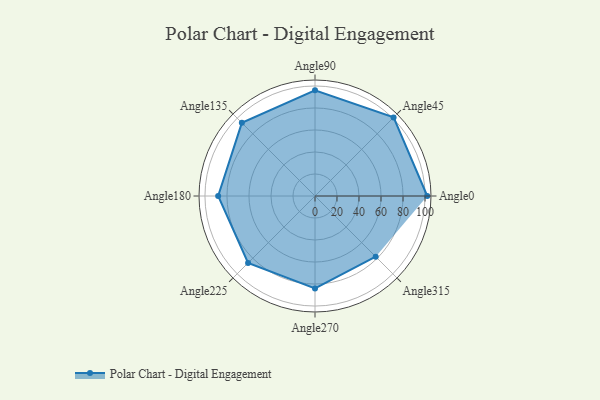
{"axis": {"x": "Angle", "y": "Radius"}, "legend": [""], "data": [{"x": "Angle0", "y": 102.0, "type": ""}, {"x": "Angle45", "y": 101.0, "type": ""}, {"x": "Angle90", "y": 96.0, "type": ""}, {"x": "Angle135", "y": 94.0, "type": ""}, {"x": "Angle180", "y": 88.0, "type": ""}, {"x": "Angle225", "y": 86.0, "type": ""}, {"x": "Angle270", "y": 84.0, "type": ""}, {"x": "Angle315", "y": 78.0, "type": ""}]}